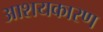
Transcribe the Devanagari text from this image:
आशयकारण